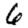
Digit: 6